Annual administration report of the Civil Veterinary Department of India - 1897-1898
Year: 1897
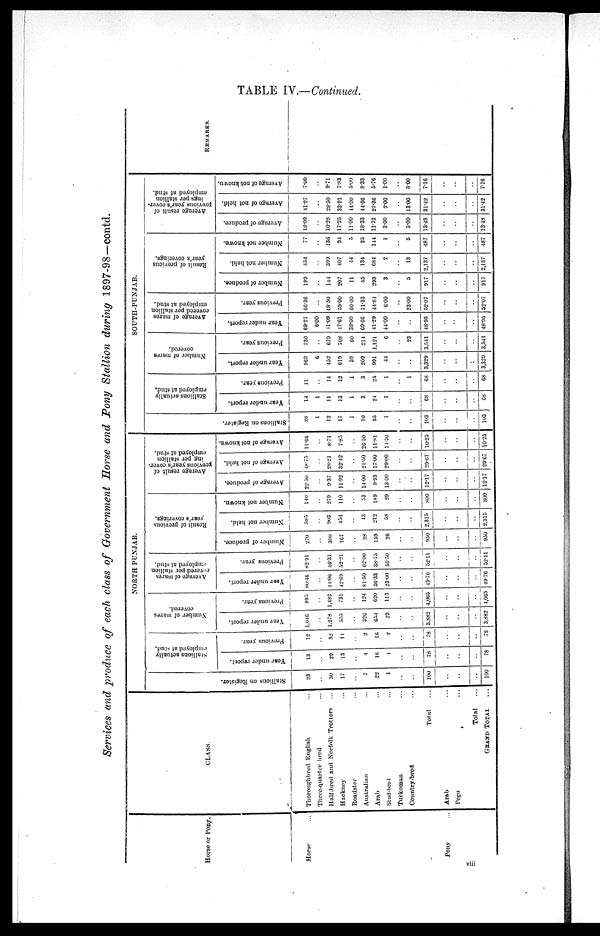
TABLE IV.—Continued.
Services and produce of each class of Government Horse and Pony Stallion during 1897-98—contd.
Horse or Pony.
Horse ...
Pony
CLASS.
Thoroughbred English ...
Three-quarter bred ...
Half-bred and Norfolk Trotters
...
Hackney ...
Roadster ...
Australian ...
Arab ...
Stud-bred ...
Turkoman ...
Country-bred ...
Total ...
Arab ...
Pegu ...
Total ...
GRAND TOTAL ...
NORTH PUNJAB.
Stallions on Register.
23
..
30
17
..
7
22
1
..
..
100
..
..
..
100
Stallions actually
employed at stud.
Year under report.
13
..
29
13
..
4
18
1
..
..
78
..
..
..
78
Previous year.
12
..
32
14
..
2
16
2
..
..
78
..
..
..
78
Number of mares
covered.
Year under report.
1,046
..
1,278
555
..
326
654
23
..
..
3.882
..
..
..
3,882
Previous year.
995
..
1.482
731
..
124
620
113
..
..
4,065
..
..
..
4,065
Average of mares
covered per stallion
employed at stud.
Year under report.
80.46
..
41.06
42.69
..
81.50
36.33
23.00
..
..
49.76
..
..
..
49.76
Previous year.
82.91
..
46.31
52.21
..
62.00
38.75
56.50
..
..
52.11
..
..
..
52.11
Result of previous
year's coverings.
Number of produce.
270
..
300
167
..
28
159
26
..
..
950
..
..
..
950
Number not held,
585
..
903
454
..
43
272
58
..
..
2,315
..
..
..
2,315
Number not known.
140
..
279
110
..
53
189
29
..
..
800
..
..
..
800
Average result of
previous year's cover¬
ing per stallion
employed at stud.
Average of produce.
22.50
..
9.37
11.92
..
14.00
9.93
13.00
..
..
12.17
..
..
..
12.17
Average of not held.
48.75
..
28.21
32.42
..
21.50
17.00
29.00
..
..
29.67
..
..
..
29.67
Average of not known.
11.66
..
8.71
7.85
..
26.50
11.81
14.50
..
..
10.25
..
..
..
10.25
SOUTH-PUNJAB.
Stallions on Regi s t
er .
26
1
12
17
1
10
35
1
..
..
103
..
..
..
103
Stallions actually
employed at stud.
Year under report.
14
1
11
13
1
3
24
1
..
..
68
..
..
..
68
Previous year.
11
..
14
12
1
3
25
1
..
1
68
..
..
..
68
Number of mares
covered.
Year under report.
969
6
452
619
39
209
991
44
..
..
3,329
..
..
..
3,329
Previous year.
730
..
679
708
60
214
1,121
6
..
23
3,541
..
..
..
3,541
Average of mares
covered per stallion
employed at stud.
Year under report.
69.21
6.00
11.09
17.61
39.00
69.66
41.29
44.00
..
..
48.95
..
..
..
48.95
Previous year.
66.36
..
48.30
59.00
60.00
71.33
44.84
6.00
..
23.00
52.07
..
..
..
52.07
Res ul t of previous
year's coverings.
Number of produce.
199
..
144
207
11
55
293
3
..
5
917
..
..
..
917
Number not held.
454
..
399
407
44
134
684
2
..
13
2,137
..
..
..
2,137
Number not known.
77
..
136
94
5
25
144
1
..
5
487
..
..
..
487
Ave r
a ge result of
previous year's cover-
i ngs per stallion
employed at stud.
Ave r
a ge of produce.
18.09
..
10.28
17.25
11.00
18.33
11.72
3.00
..
5.00
13.48
..
..
..
13.48
Average of not held.
41.27
..
28.50
33.91
44.00
41.66
27.36
2.00
..
13.00
31.42
..
..
..
31.42
Average of not known.
7.00
..
9.71
7.83
5-00
8-33
5.76
1.00
..
5.00
7.16
..
..
..
7.16
REMARKS
viii